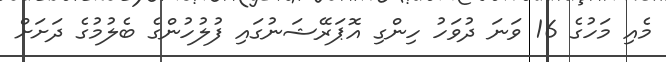
މެއި މަހުގެ 16 ވަނަ ދުވަހު ހިންގި އޮޕަރޭޝަނުގައި ފުލުހުންގެ ބެލުމުގެ ދަށަށް